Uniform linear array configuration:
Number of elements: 12
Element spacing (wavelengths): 0.5
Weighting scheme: hann
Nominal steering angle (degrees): -30
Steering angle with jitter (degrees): -30.66
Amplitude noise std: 0.05
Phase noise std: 0.05

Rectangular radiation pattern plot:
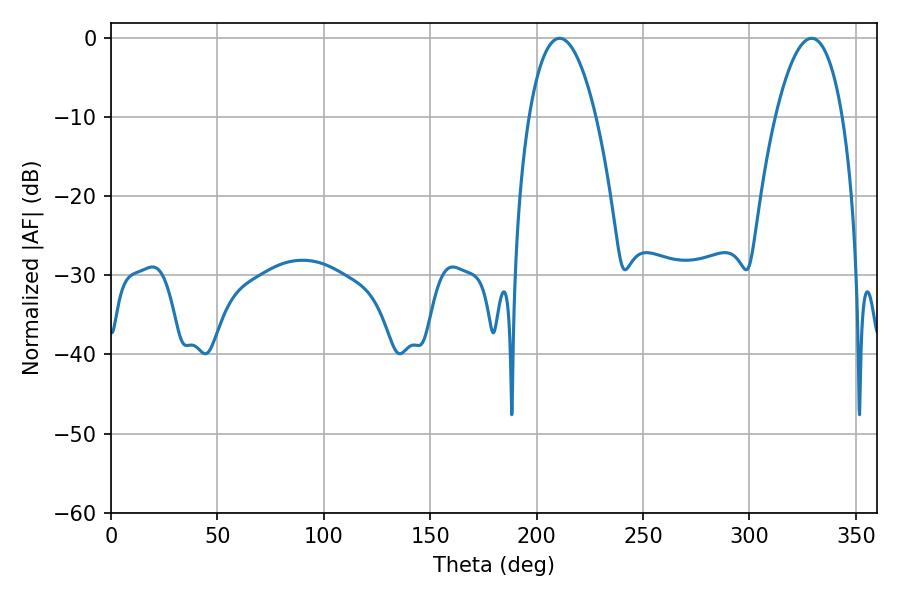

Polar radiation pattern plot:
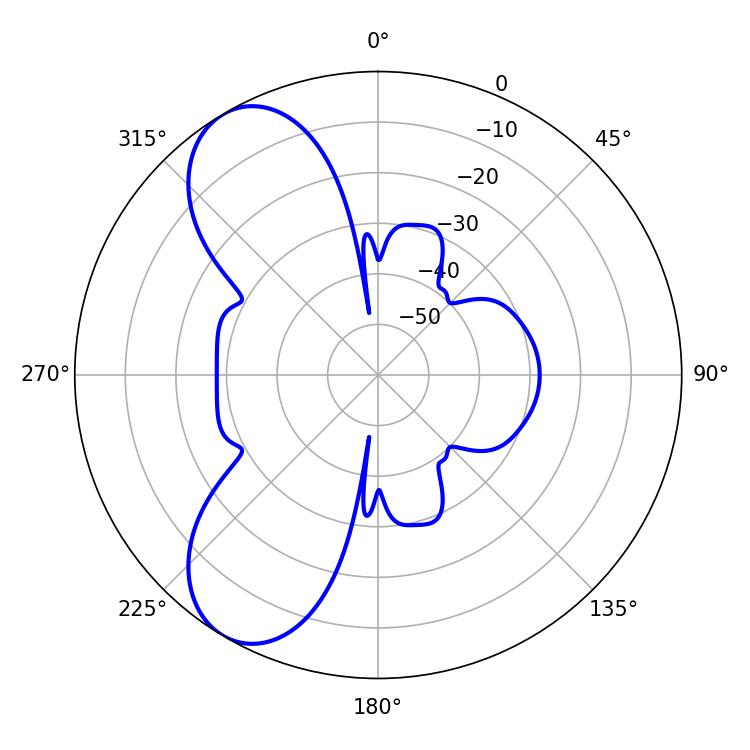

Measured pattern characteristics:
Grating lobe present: FALSE
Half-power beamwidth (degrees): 17.46
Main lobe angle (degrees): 329.22